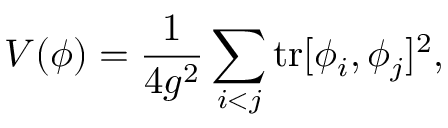
V ( \phi ) = \frac { 1 } { 4 g ^ { 2 } } \sum _ { i < j } \mathrm { t r } [ \phi _ { i } , \phi _ { j } ] ^ { 2 } ,